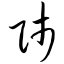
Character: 师